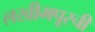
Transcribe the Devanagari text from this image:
लखीमपूरची